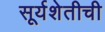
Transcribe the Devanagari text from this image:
सूर्यशेतीची